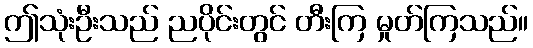
ဤသုံးဦးသည် ညပိုင်းတွင် တီးကြ မှုတ်ကြသည်။